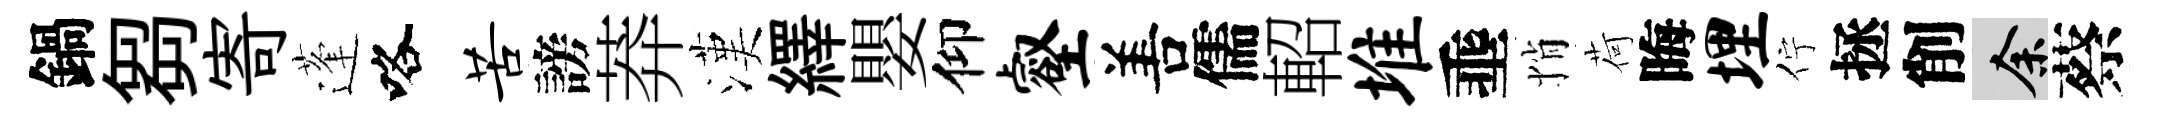
鍋芻寄蓬咯苦謗莽漢繹嬰仰壑𠵊儒軺堆埀悄荷晦埋佇拯削余蔡